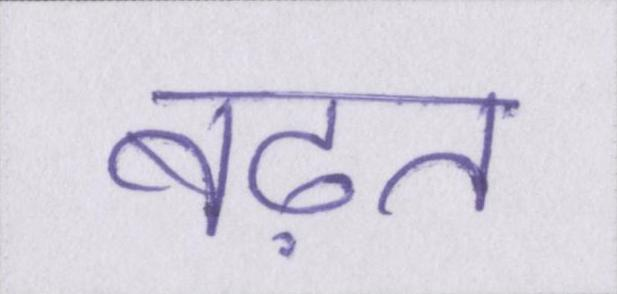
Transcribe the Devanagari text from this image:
बढ़त